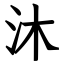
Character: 沐